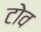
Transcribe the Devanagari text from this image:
टोव